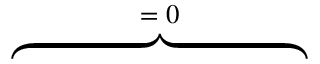
\overbrace { \phantom { \left. \sum _ { k = 1 } ^ { 3 } \partial _ { k } ( \mathrm { d } _ { \rho } \mathbf { H } \times \tilde { \mathbf { E } } ) _ { k } \right| _ { 0 } ^ { T } } } ^ { = \; 0 }